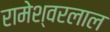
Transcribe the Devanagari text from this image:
रामेश्वरलाल